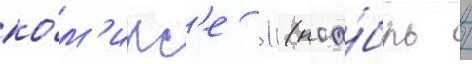
ко́м'икс'е 1 (ноа́брь /